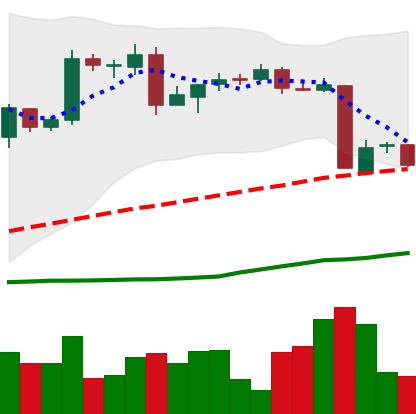
Ticker: BTC-USD
Chart end date: 2016-05-22
Forward return: 7.771%
Label: up_7plus